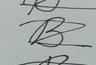
Signature authenticity: forged